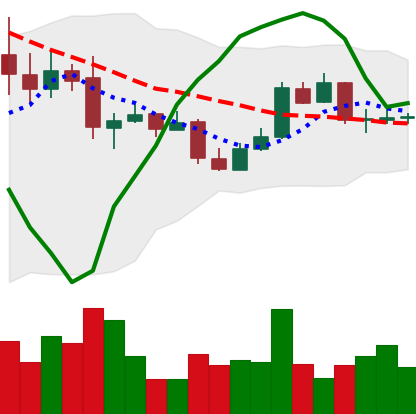
Ticker: BTC-USD
Chart end date: 2015-05-28
Forward return: -4.888%
Label: down_3_5